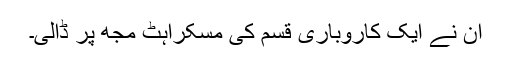
ان نے ایک کاروباری قسم کی مسکراہٹ مجھ پر ڈالی۔